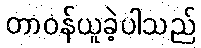
တာဝန်ယူခဲ့ပါသည်